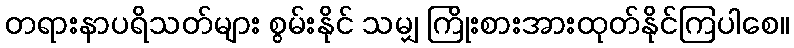
တရားနာပရိသတ်များ စွမ်းနိုင် သမျှ ကြိုးစားအားထုတ်နိုင်ကြပါစေ။